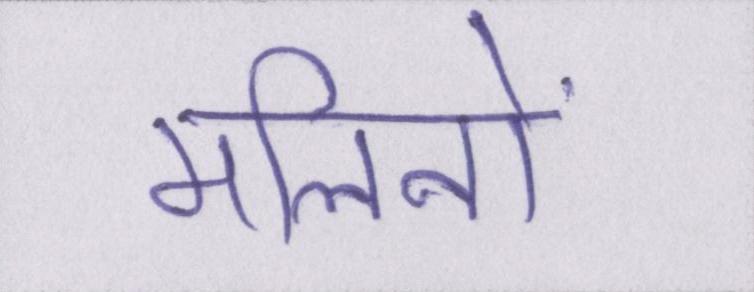
मलिनों